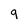
Character: 9